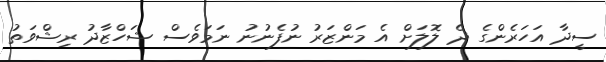
ސީދާ އަހަރެންގެ ދެ ލޮލަށް އެ މަންޒަރު ނުފެނުނު ނަމަވެސް ޝަހްޒާދު ރިޝްވަތު